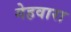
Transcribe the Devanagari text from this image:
गेहवारा